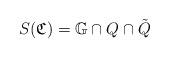
LaTeX: \begin{align*}S(\mathfrak{C})= \mathbb{G} \cap Q \cap \tilde{Q}\end{align*}